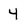
Character: 4